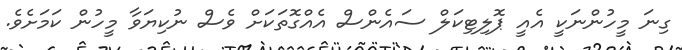
ގިނަ މީހުންނަކީ އެއީ ޕޮލިޓިކަލް ސައެންސް އެއްގޮތަކަށް ވެސް ނުކިޔަވާ މީހުން ކަމަށެވެ.